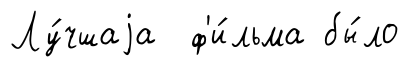
Лу́чшаjа ф'и́льма бы́ло